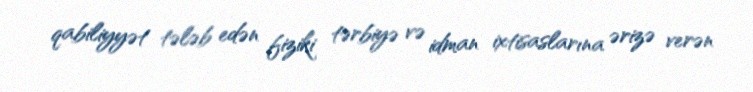
qabiliyyət tələb edən fiziki tərbiyə və idman ixtisaslarına ərizə verən